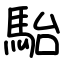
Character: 駘